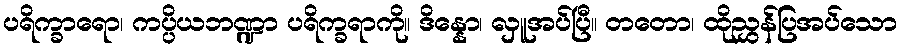
ပရိက္ခာရော၊ ကပ္ပိယဘဏ္ဍာ ပရိက္ခရာကို။ ဒိန္နော၊ လှူအပ်ပြီ။ တတော၊ ထိုညွှန်ပြအပ်သော